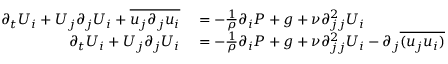
\begin{array} { r l } { \partial _ { t } U _ { i } + U _ { j } \partial _ { j } U _ { i } + \overline { { u _ { j } \partial _ { j } u _ { i } } } } & { { } = - \frac { 1 } { \rho } \partial _ { i } P + g + \nu \partial _ { j j } ^ { 2 } U _ { i } } \\ { \partial _ { t } U _ { i } + U _ { j } \partial _ { j } U _ { i } } & { { } = - \frac { 1 } { \rho } \partial _ { i } P + g + \nu \partial _ { j j } ^ { 2 } U _ { i } - \partial _ { j } \overline { { ( u _ { j } u _ { i } ) } } } \end{array}